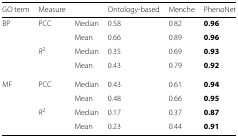
<table><thead><tr><td><b>GO term</b></td><td><b>Measure</b></td><td></td><td><b>Ontology-based</b></td><td><b>Menche</b></td><td><b>PhenoNet</b></td></tr></thead><tbody><tr><td>BP</td><td>PCC</td><td>Median</td><td>0.58</td><td>0.82</td><td><b>0.96</b></td></tr><tr><td></td><td></td><td>Mean</td><td>0.66</td><td>0.89</td><td><b>0.96</b></td></tr><tr><td></td><td><i>R</i><sup>2</sup></td><td>Median</td><td>0.35</td><td>0.69</td><td><b>0.93</b></td></tr><tr><td></td><td></td><td>Mean</td><td>0.43</td><td>0.79</td><td><b>0.92</b></td></tr><tr><td>MF</td><td>PCC</td><td>Median</td><td>0.43</td><td>0.61</td><td><b>0.94</b></td></tr><tr><td></td><td></td><td>Mean</td><td>0.48</td><td>0.66</td><td><b>0.95</b></td></tr><tr><td></td><td><i>R</i><sup>2</sup></td><td>Median</td><td>0.17</td><td>0.37</td><td><b>0.87</b></td></tr><tr><td></td><td></td><td>Mean</td><td>0.23</td><td>0.44</td><td><b>0.91</b></td></tr></tbody></table>